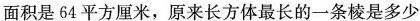
面积是64平方厘米，原来长方体最长的一条棱是多少